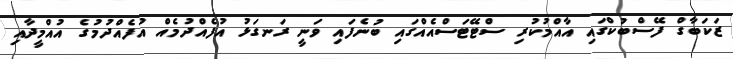
ޒަކަބާގް ފޭސްބުކްގައި އާއްމުކުރި ސްޓޭޓަސްއެއްގައި ބުނެފައި ވަނީ ރަނގަޅު އުފެއްދުމެއް އުފެއްދުމުގެ އުއްމީދާއި